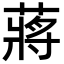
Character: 蔣